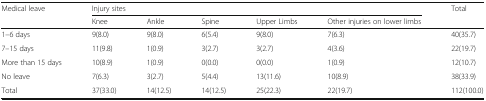
<table><thead><tr><td rowspan="2"><b>Medical leave</b></td><td colspan="5"><b>Injury sites</b></td><td rowspan="2"><b>Total</b></td></tr><tr><td><b>Knee</b></td><td><b>Ankle</b></td><td><b>Spine</b></td><td><b>Upper Limbs</b></td><td><b>Other injuries on lower limbs</b></td></tr></thead><tbody><tr><td>1–6 days</td><td>9(8.0)</td><td>9(8.0)</td><td>6(5.4)</td><td>9(8.0)</td><td>7(6.3)</td><td>40(35.7)</td></tr><tr><td>7–15 days</td><td>11(9.8)</td><td>1(0.9)</td><td>3(2.7)</td><td>3(2.7)</td><td>4(3.6)</td><td>22(19.7)</td></tr><tr><td>More than 15 days</td><td>10(8.9)</td><td>1(0.9)</td><td>0(0.0)</td><td>0(0.0)</td><td>1(0.9)</td><td>12(10.7)</td></tr><tr><td>No leave</td><td>7(6.3)</td><td>3(2.7)</td><td>5(4.4)</td><td>13(11.6)</td><td>10(8.9)</td><td>38(33.9)</td></tr><tr><td>Total</td><td>37(33.0)</td><td>14(12.5)</td><td>14(12.5)</td><td>25(22.3)</td><td>22(19.7)</td><td>112(100.0)</td></tr></tbody></table>